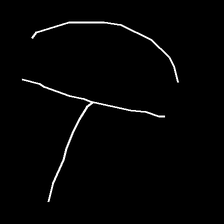
Glyph: dispersion